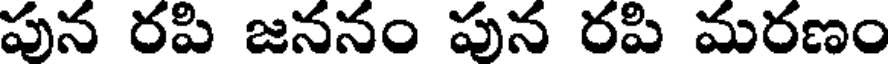
పున రపి జననం పున రపి మరణం